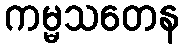
ကမ္မသတေန